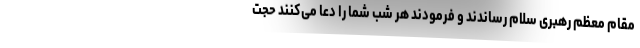
مقام معظم رهبری سلام رساندند و فرمودند هر شب شما را دعا می‌کنند حجت